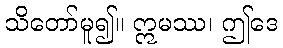
သိတော်မူ၍။ ဣမဿ၊ ဤဒေ